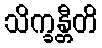
သိက္ခန္တီတိ